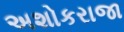
અશોકરાજા